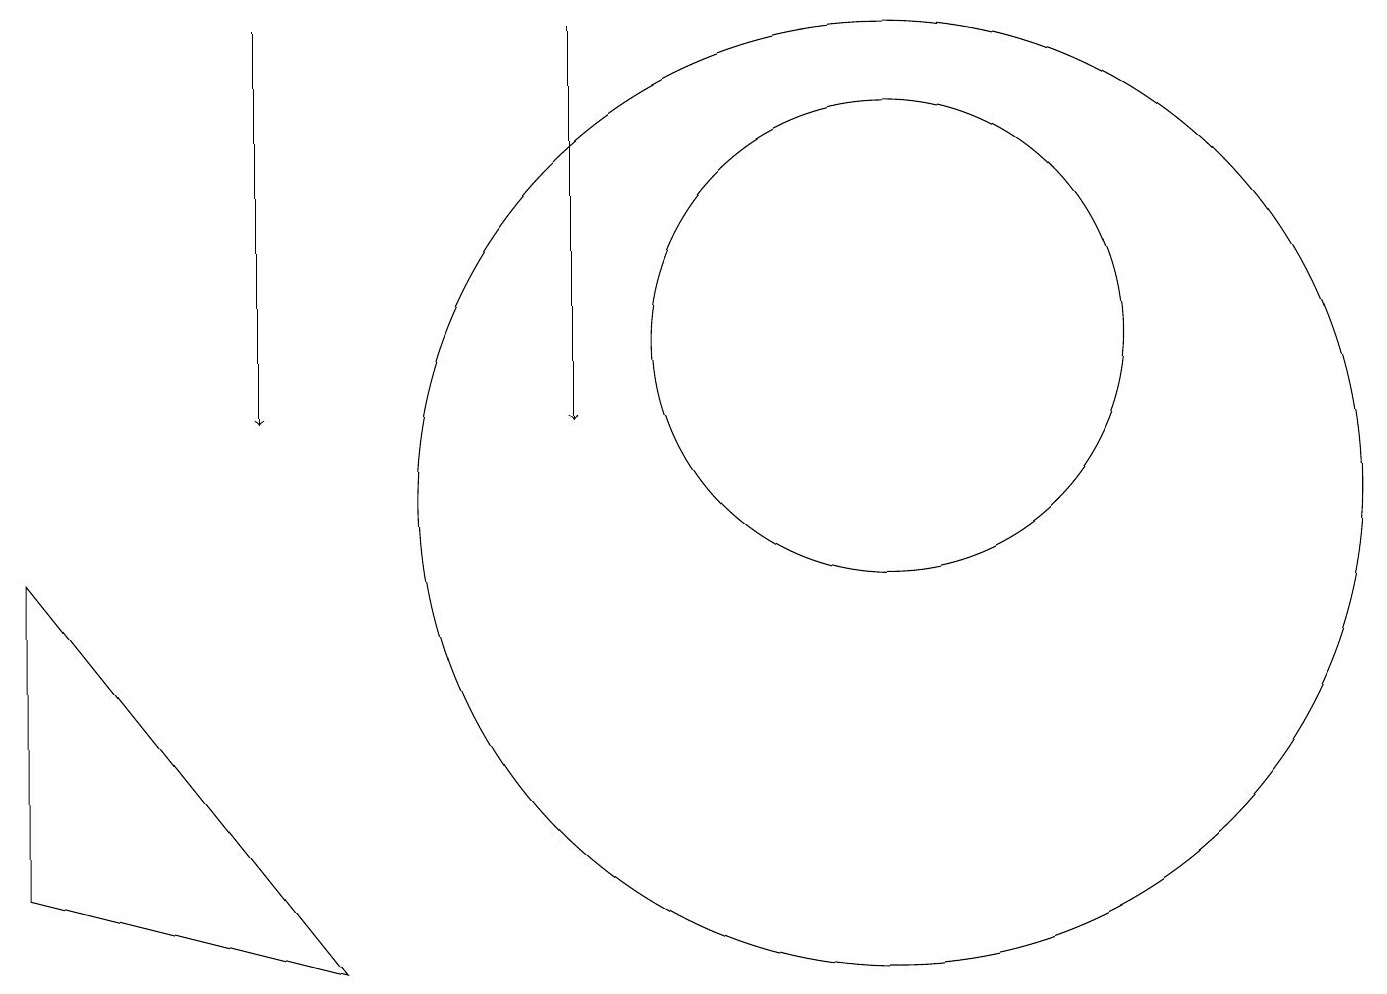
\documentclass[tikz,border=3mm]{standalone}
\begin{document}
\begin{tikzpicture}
\draw (11,10) circle (6);
\draw[->] (7,16) -- (7,11);
\draw (4,4) -- (0,5) -- (0,9) -- cycle;
\draw (11,12) circle (3);
\draw[->] (3,16) -- (3,11);
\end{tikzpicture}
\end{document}